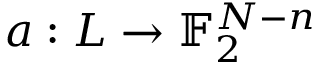
a : L \to \mathbb { F } _ { 2 } ^ { N - n }